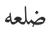
ضلعه